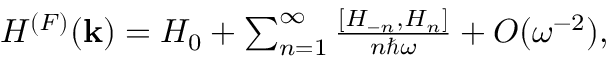
\begin{array} { r } { H ^ { ( F ) } ( { \bf k } ) = H _ { 0 } + \sum _ { n = 1 } ^ { \infty } \frac { [ H _ { - n } , H _ { n } ] } { n \hbar \omega } + { \cal O } ( \omega ^ { - 2 } ) , } \end{array}